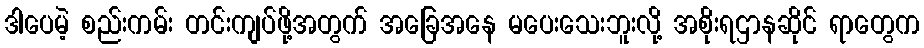
ဒါပေမဲ့ စည်းကမ်း တင်းကျပ်ဖို့အတွက် အခြေအနေ မပေးသေးဘူးလို့ အစိုးရဌာနဆိုင် ရာတွေက